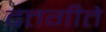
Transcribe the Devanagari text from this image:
दत्तगीते